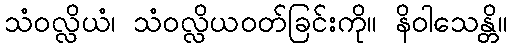
သံဝလ္လိယံ၊ သံဝလ္လိယဝတ်ခြင်းကို။ နိဝါသေန္တိ။